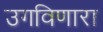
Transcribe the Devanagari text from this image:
उगविणारा